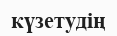
күзетудің